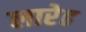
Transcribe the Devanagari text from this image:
लारेह